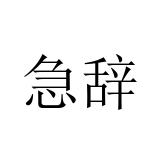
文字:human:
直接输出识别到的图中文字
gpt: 急辞